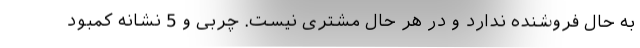
به حال فروشنده ندارد و در هر حال مشتری نیست. چربی و 5 نشانه کمبود